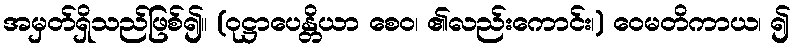
အမှတ်ရှိသည်ဖြစ်၍။ (ဝုဋ္ဌာပေန္တိယာ စေဝ၊ ၏လည်းကောင်း၊) ဝေမတိကာယ၊ ၍